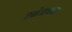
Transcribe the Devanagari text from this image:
रमेशचन्‍द्र